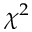
\chi ^ { 2 }